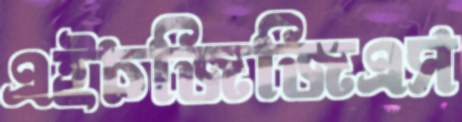
এইচজিজিএস